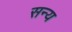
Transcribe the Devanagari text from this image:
सन्य